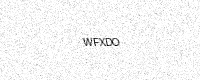
Text: WFXDO